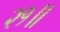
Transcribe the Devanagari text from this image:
२१॥